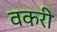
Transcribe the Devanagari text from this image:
वकरी